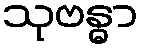
သုဗန္ဓာ